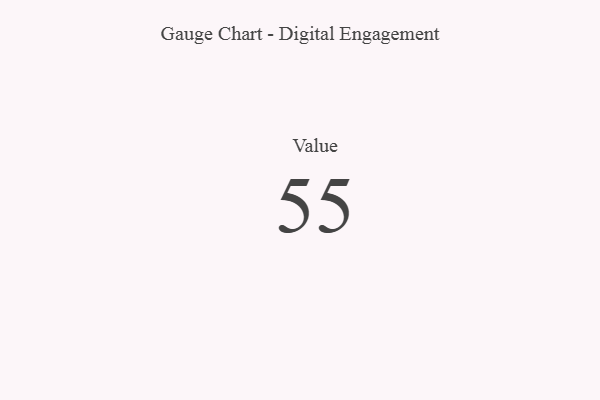
{"axis": {"x": "Metric", "y": "Value"}, "legend": [""], "data": [{"x": "Value", "y": 55, "type": ""}]}